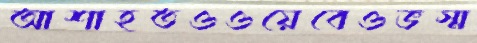
আশাহতওওয়েবেওভস্ম